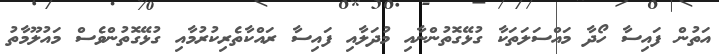
އަތުން ފައިސާ ހޯދާ މައްސަލަތަކާ ގުޅޭގޮތުންނާއި މުދަލާއި ފައިސާ ރައްކާތެރިކުރުމާއި ގުޅޭގޮތުންވެސް މައުލޫމާތު